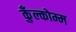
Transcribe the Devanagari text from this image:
कुँल्कोम्म